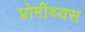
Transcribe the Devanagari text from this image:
प्रोमीथ्यस